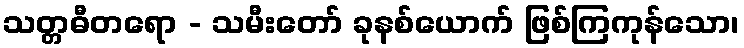
သတ္တဓီတရော - သမီးတော် ခုနစ်ယောက် ဖြစ်ကြကုန်သော၊